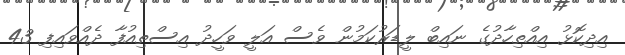
އިދިކޮޅު އިއްތިހާދުގެ ނައިބް ލީޑަރުކަމުން ވެސް އަލީ ވަހީދު އިސްތިއުފާ ދެއްވައިފި 43